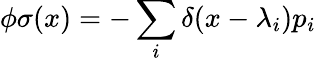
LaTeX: \phi\sigma(x)=-\sum_{i}\delta(x-\lambda_{i})p_{i}